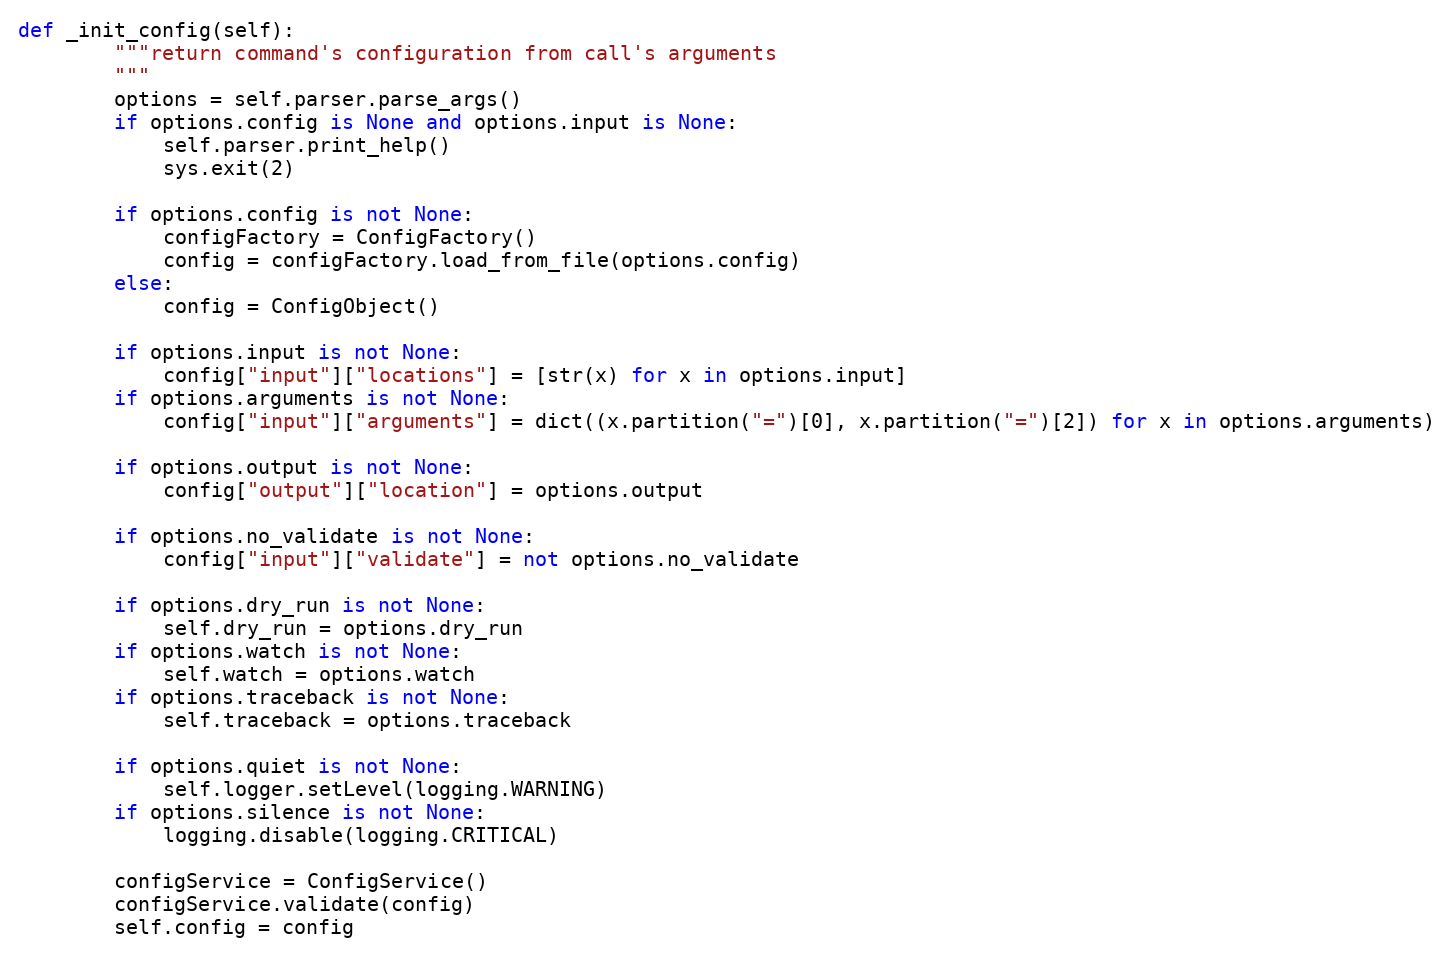
Language: Python
def _init_config(self):
        """return command's configuration from call's arguments
        """
        options = self.parser.parse_args()
        if options.config is None and options.input is None:
            self.parser.print_help()
            sys.exit(2)

        if options.config is not None:
            configFactory = ConfigFactory()
            config = configFactory.load_from_file(options.config)
        else:
            config = ConfigObject()

        if options.input is not None:
            config["input"]["locations"] = [str(x) for x in options.input]
        if options.arguments is not None:
            config["input"]["arguments"] = dict((x.partition("=")[0], x.partition("=")[2]) for x in options.arguments)

        if options.output is not None:
            config["output"]["location"] = options.output

        if options.no_validate is not None:
            config["input"]["validate"] = not options.no_validate

        if options.dry_run is not None:
            self.dry_run = options.dry_run
        if options.watch is not None:
            self.watch = options.watch
        if options.traceback is not None:
            self.traceback = options.traceback

        if options.quiet is not None:
            self.logger.setLevel(logging.WARNING)
        if options.silence is not None:
            logging.disable(logging.CRITICAL)

        configService = ConfigService()
        configService.validate(config)
        self.config = config